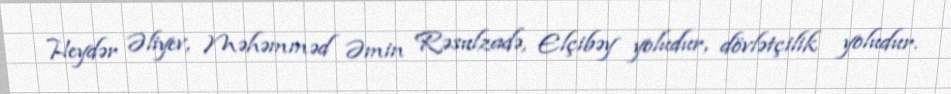
Heydər Əliyev, Məhəmməd Əmin Rəsulzadə, Elçibəy yoludur, dövlətçilik yoludur.